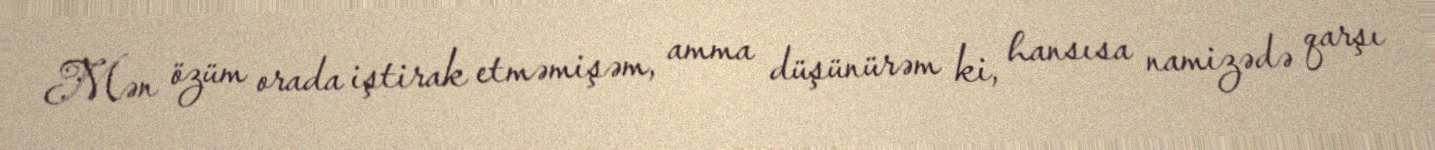
Mən özüm orada iştirak etməmişəm, amma düşünürəm ki, hansısa namizədə qarşı